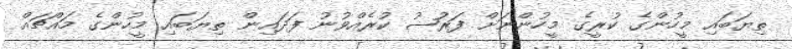
ތިޔަބައި މީހުންގެ ކުރީގެ މީހުންނަށް ފަރުޟު ކުރެއްވުނު ފަދައިން ތިޔަބައި މީހުންގެ މައްޗައް